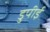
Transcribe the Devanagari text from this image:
डुपीई